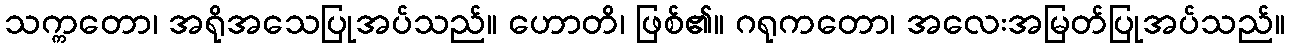
သက္ကတော၊ အရိုအသေပြုအပ်သည်။ ဟောတိ၊ ဖြစ်၏။ ဂရုကတော၊ အလေးအမြတ်ပြုအပ်သည်။